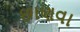
છાણવા